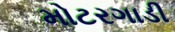
મોટરગાડી